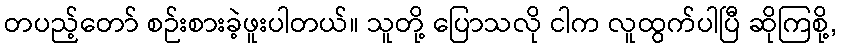
တပည့်တော် စဉ်းစားခဲ့ဖူးပါတယ်။ သူတို့ ပြောသလို ငါက လူထွက်ပါပြီ ဆိုကြစို့,